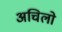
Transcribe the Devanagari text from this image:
अचिलो